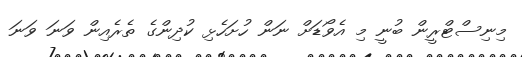
މިނިސްޓްރީން ބުނީ މި އެވޯޑަށް ނަން ހުށަހެޅި ކުދިންގެ ތެރެއިން ވަނަ ވަނަ